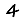
Digit: 4